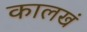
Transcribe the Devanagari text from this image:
कालखं